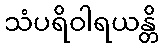
သံပရိဝါရယန္တိ